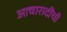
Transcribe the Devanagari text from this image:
आचारादींची